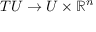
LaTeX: T U \rightarrow U \times \mathbb { R } ^ { n }